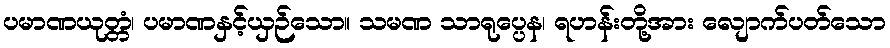
ပမာဏယုတ္တံ၊ ပမာဏနှင့်ယှဉ်သော။ သမဏ သာရုပ္ပေန၊ ရဟန်းတို့အား လျောက်ပတ်သော